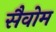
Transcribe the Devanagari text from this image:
सैवोम